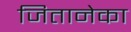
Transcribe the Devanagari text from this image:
जितानेका